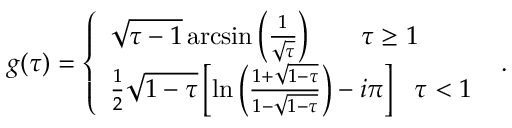
g ( \tau ) = \left\{ \begin{array} { l } { { \sqrt { \tau - 1 } \, \mathrm { a r c s i n } \left( \frac { 1 } { \sqrt { \tau } } \right) \, \, \, \, \, \, \, \, \, \, \, \tau \geq 1 } } \\ { { \frac { 1 } { 2 } \sqrt { 1 - \tau } \left[ \mathrm { l n } \left( \frac { 1 + \sqrt { 1 - \tau } } { 1 - \sqrt { 1 - \tau } } \right) - i \pi \right] \, \, \, \, \tau < 1 } } \end{array} \right. \, \, .